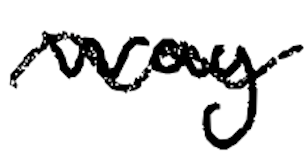
Text: way
Cross-out: wave
Writing tool: digital_black